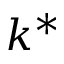
k ^ { \ast }